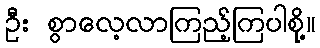
ဦး စွာလေ့လာကြည့်ကြပါစို့။